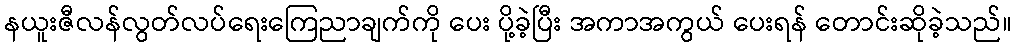
နယူးဇီလန်လွတ်လပ်ရေးကြေညာချက်ကို ပေး ပို့ခဲ့ပြီး အကာအကွယ် ပေးရန် တောင်းဆိုခဲ့သည်။